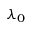
\lambda _ { 0 }